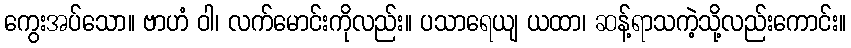
ကွေးအပ်သော။ ဗာဟံ ဝါ၊ လက်မောင်းကိုလည်း။ ပသာရေယျ ယထာ၊ ဆန့်ရာသကဲ့သို့လည်းကောင်း။